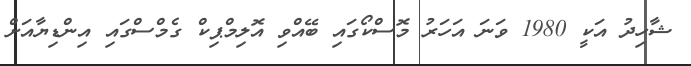
ޝާހިދު އަކީ 1980 ވަނަ އަހަރު މޮސްކޯގައި ބޭއްވި އޮލިމްޕިކް ގެމްސްގައި އިންޑިޔާއަށް